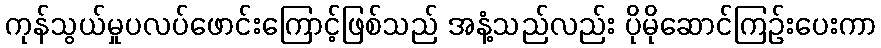
ကုန်သွယ်မှုပလပ်ဖောင်းကြောင့်ဖြစ်သည် အနံ့သည်လည်း ပိုမိုဆောင်ကြဉ်းပေးကာ